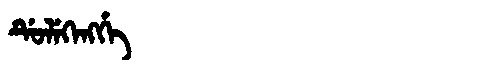
Manchu: ᡩᡠᠯᡝᡴᡝᠩᡤᡝ
Romanization: DULEKENGGE